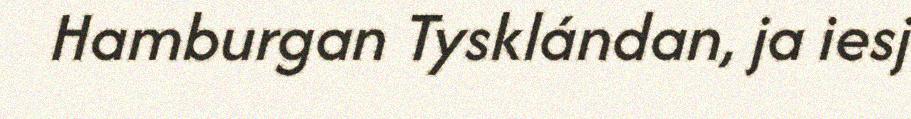
Hamburgan Tysklándan, ja iesj